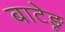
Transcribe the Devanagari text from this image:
बाटेड़ू